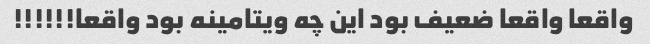
واقعا واقعا ضعیف بود این چه ویتامینه بود واقعا!!!!!!